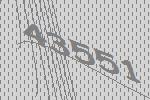
43551